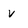
Character: v